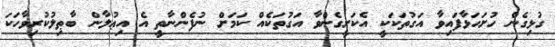
ގުޅިގެން ހުށަހަޅާފައިވާ އަގުތަކަކީ އެކަށީގެންވާ އަގުތަކެއް ކަމަށް ނުފެންނާތީ އެ އިޢުލާން ބާޠިލުކުރިވާހަކަ